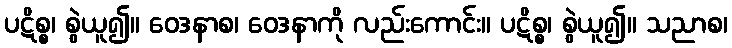
ပဋိစ္စ၊ စွဲယူ၍။ ဝေဒနာစ၊ ဝေဒနာကို လည်းကောင်း။ ပဋိစ္စ၊ စွဲယူ၍။ သညာစ၊